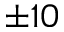
\pm 1 0